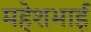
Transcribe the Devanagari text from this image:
महेशभाई